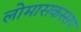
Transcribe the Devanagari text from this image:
लोमासकस्सप